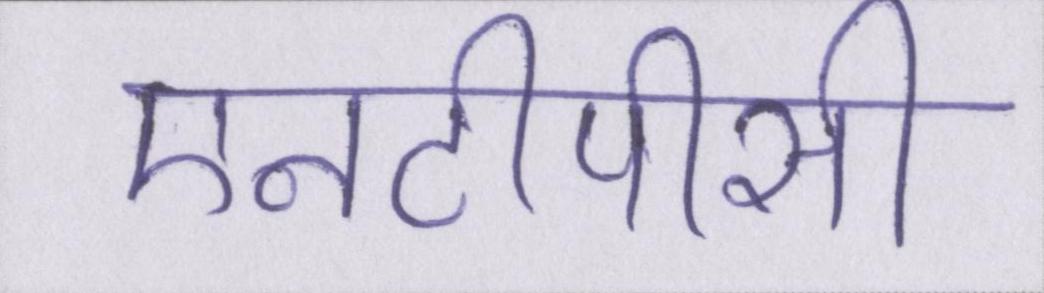
एनटीपीसी